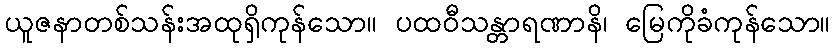
ယူဇနာတစ်သန်းအထုရှိကုန်သော။ ပထဝီသန္တာရဏာနိ၊ မြေကိုခံကုန်သော။